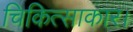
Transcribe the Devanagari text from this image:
चिकित्साकार।